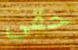
حقى